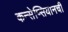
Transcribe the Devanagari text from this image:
कन्सेप्सियानची